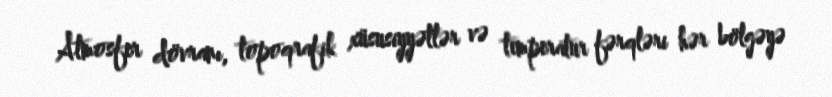
Atmosfer dövranı, topoqrafik xüsusiyyətlər və temperatur fərqləri hər bölgəyə